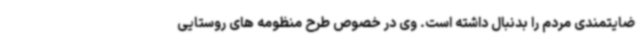
ضایتمندی مردم را بدنبال داشته است. وی در خصوص طرح منظومه های روستایی